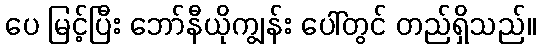
ပေ မြင့်ပြီး ဘော်နီယိုကျွန်း ပေါ်တွင် တည်ရှိသည်။